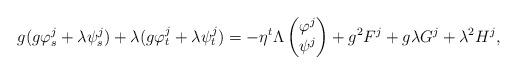
LaTeX: \begin{align*} g (g \varphi^{j}_{s} + \lambda \psi^{j}_{s}) + \lambda (g \varphi^{j}_{t} + \lambda \psi^{j}_{t}) = - \eta^{t} \Lambda \begin{pmatrix}\varphi^{j} \\\psi^{j}\end{pmatrix} + g^{2}F^{j} + g \lambda G^{j} + \lambda^{2}H^{j},\end{align*}